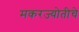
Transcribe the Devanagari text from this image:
मकरज्योतीचे